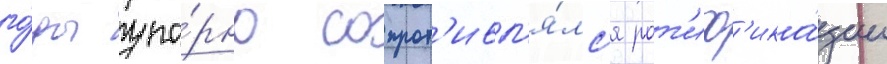
го́ды упо́рно сопрот'ивл'я́лс'я рат'иф'ика́ции